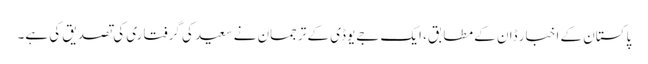
پاکستان کے اخبار ڈان کے مطابق، ایک جےیوڈی کے ترجمان نے سعید کی گرفتاری کی تصدیق کی ہے۔